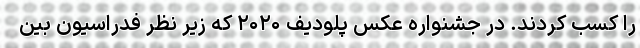
را کسب کردند. در جشنواره عکس پلودیف ۲۰۲۰ که زیر نظر فدراسیون بین‌